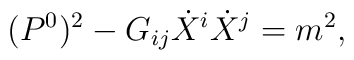
(P^{0})^{2}-G_{ij}\dot{X}^{i}\dot{X}^{j}= m^{2},